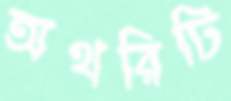
অথরিটি